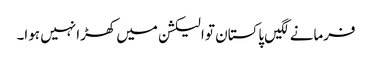
فرمانے لگیں پاکستان تو الیکشن میں کھڑا نہیں ہوا۔